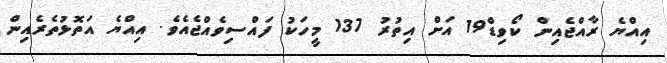
އިއްޔެ ރާއްޖެއިން ކޯވިޑް19 އަށް އިތުރު 137 މީހަކު ފައްސިވެއްޖެއެވެ. އިއްޔެ އަތޮޅުތެރެއިން